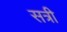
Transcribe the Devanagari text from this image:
सत्री